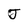
Character: J